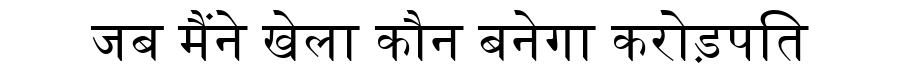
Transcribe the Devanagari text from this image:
जब मैंने खेला कौन बनेगा करोड़पति